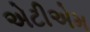
એટીએમ